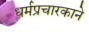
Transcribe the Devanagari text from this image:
धर्मप्रचारकाने